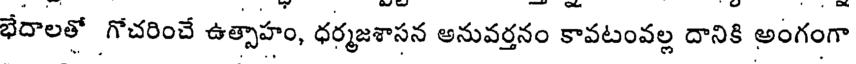
భేదాలతో గోచరించే ఉత్సాహం, ధర్మజశాసన అనువర్తనం కావటంవల్ల దానికి అంగంగా